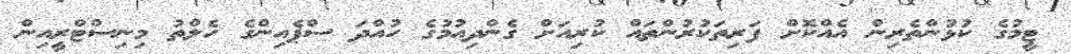
ޓީމުގެ ކުޅުންތެރިން އެއްކޮށް ފަރިތަކުރުންތައް ކުރިއަށް ގެންދިއުމުގެ ހުއްދަ ސްޕެއިންގެ ހެލްތު މިނިސްޓްރީއިން